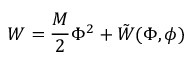
W = \frac { M } { 2 } \Phi ^ { 2 } + \tilde { W } ( \Phi , \phi )